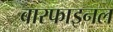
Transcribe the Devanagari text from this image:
बारफाइनल